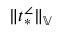
\| t _ { * } ^ { \angle } \| _ { \mathbb { V } }